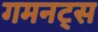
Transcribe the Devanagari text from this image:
गमनट्स